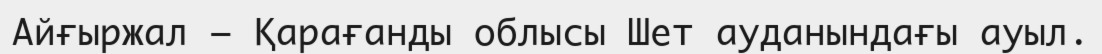
Айғыржал – Қарағанды облысы Шет ауданындағы ауыл.